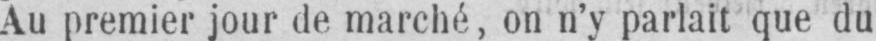
Au premier jour de marché, on n’y parlait que du